NASA-UAP-D4, Apollo 11 Technical Crew Debriefing, 1969
Page 2
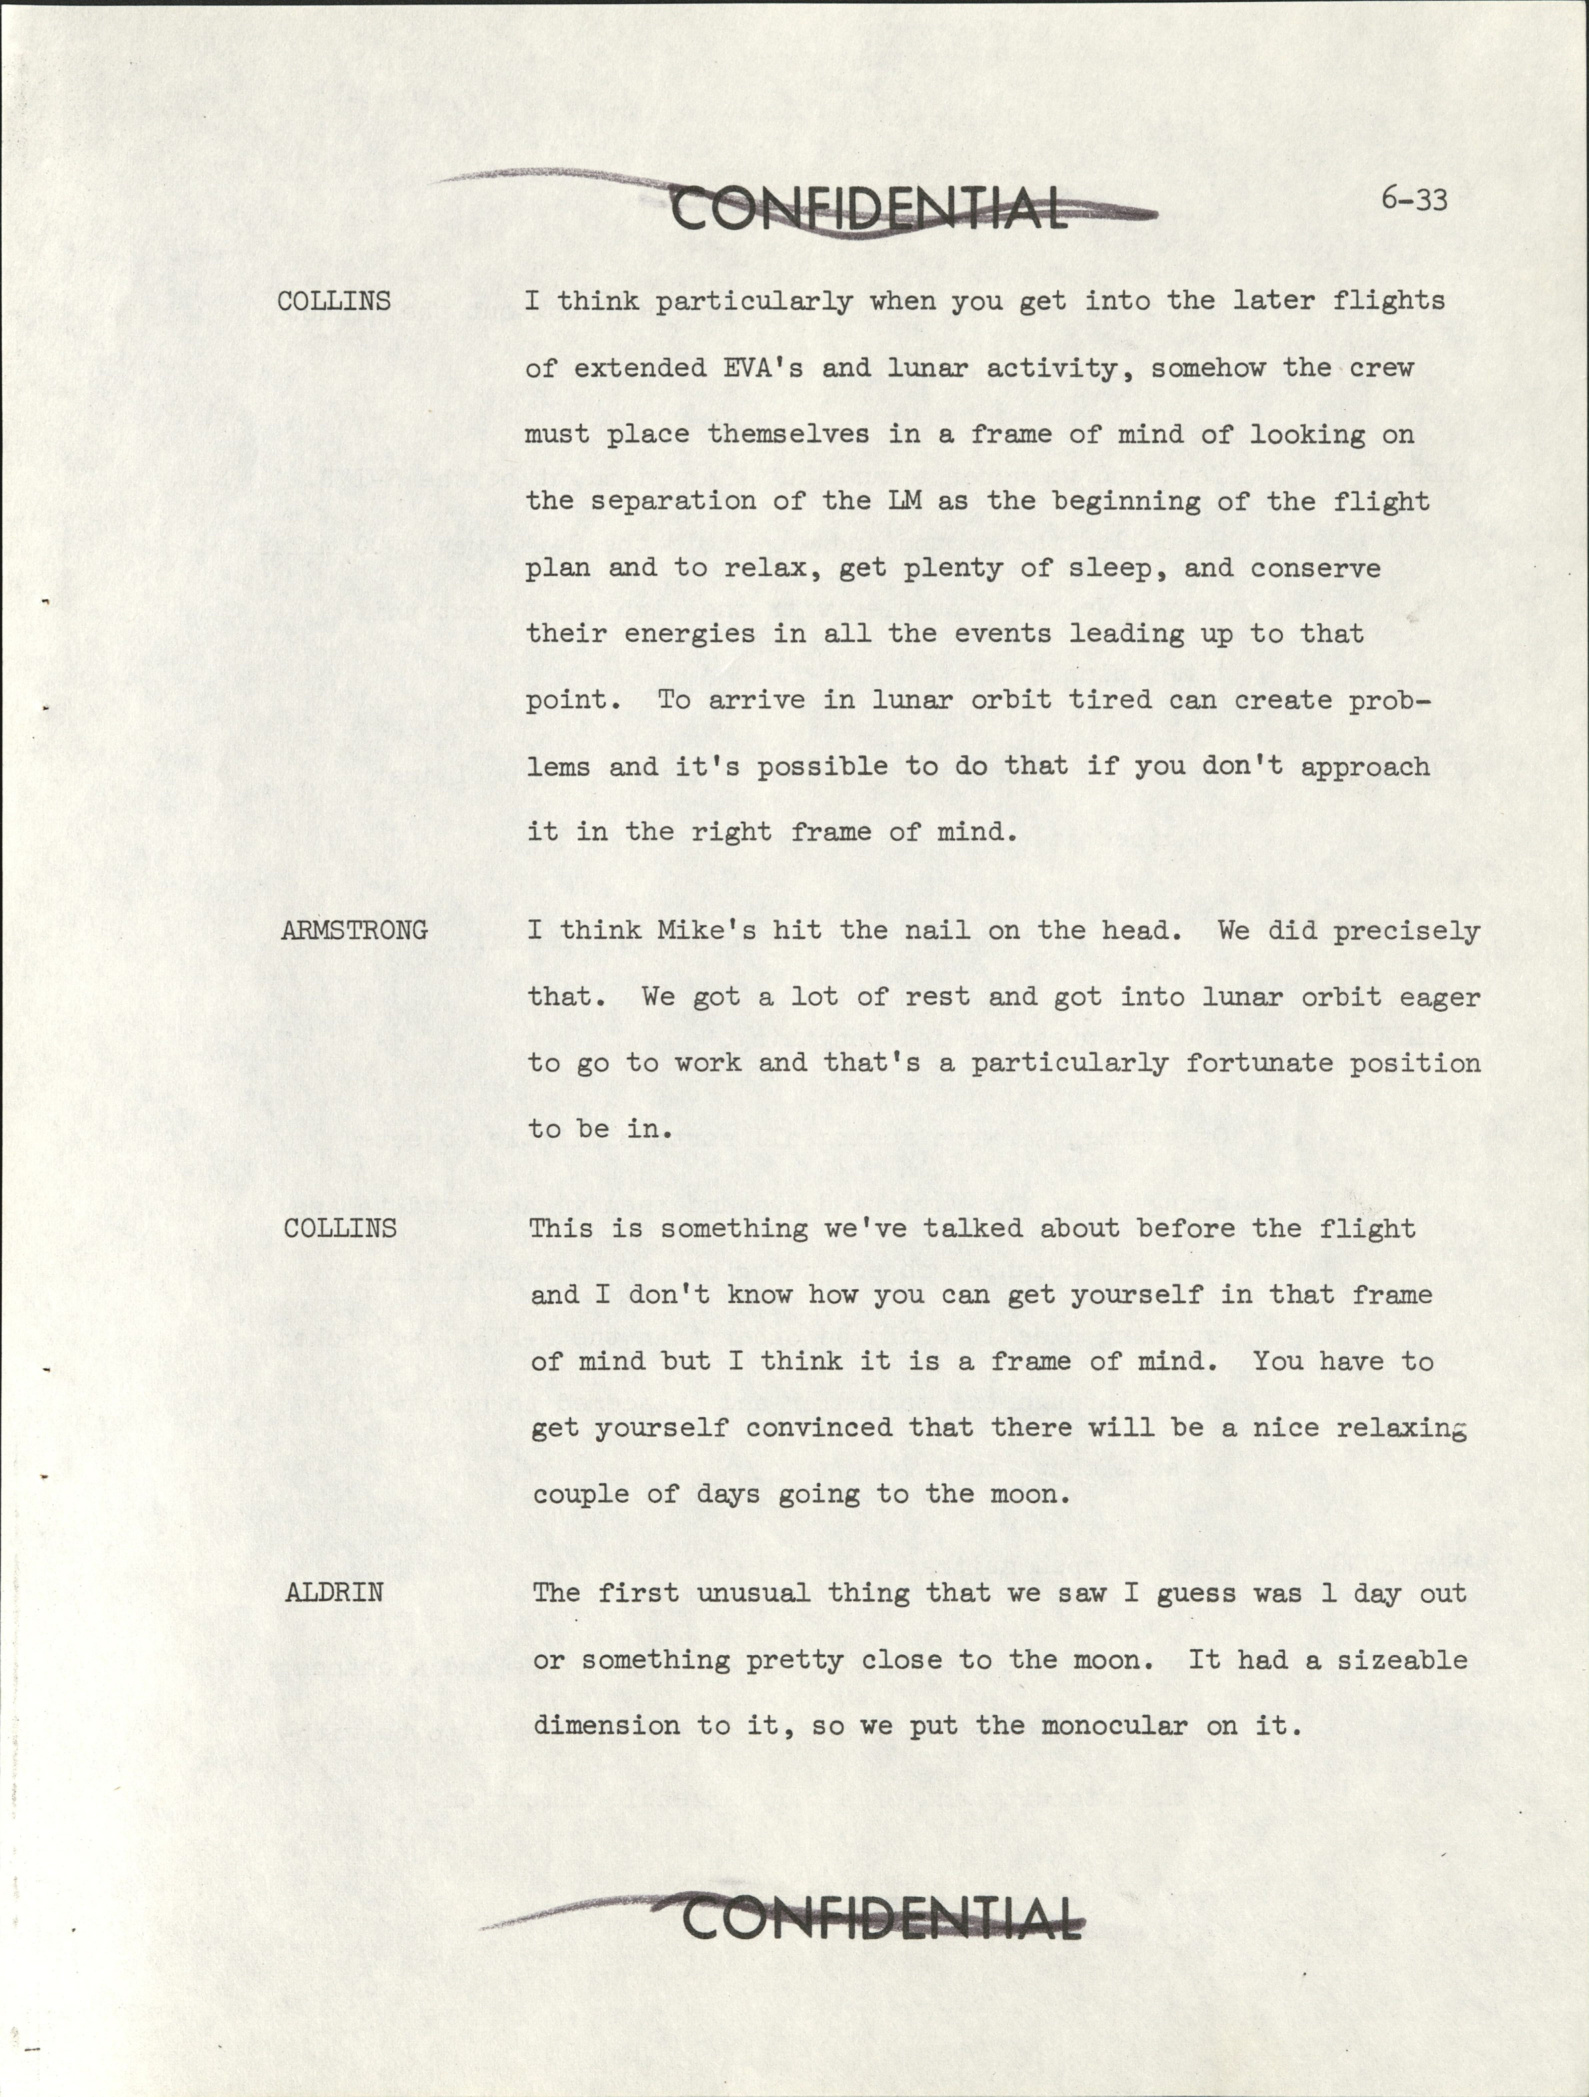